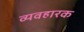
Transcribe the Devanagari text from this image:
व्यवहारक